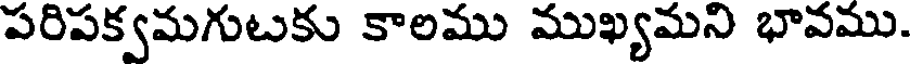
పరిపక్వమగుటకు కాలము ముఖ్యమని భావము.